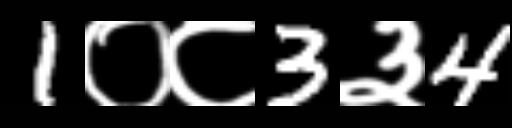
Text: 1०८3३4